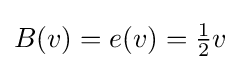
B(v)=e(v)={\tfrac {1}{2}}v